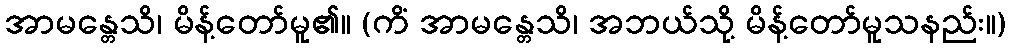
အာမန္တေသိ၊ မိန့်တော်မူ၏။ (ကိံ အာမန္တေသိ၊ အဘယ်သို့ မိန့်တော်မူသနည်း။)